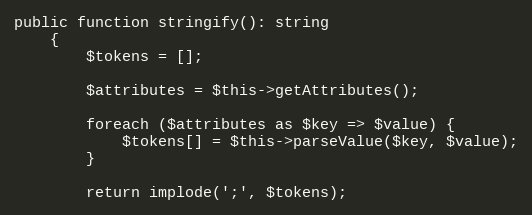
Language: PHP
public function stringify(): string
    {
        $tokens = [];

        $attributes = $this->getAttributes();

        foreach ($attributes as $key => $value) {
            $tokens[] = $this->parseValue($key, $value);
        }

        return implode(';', $tokens);